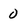
Character: 0